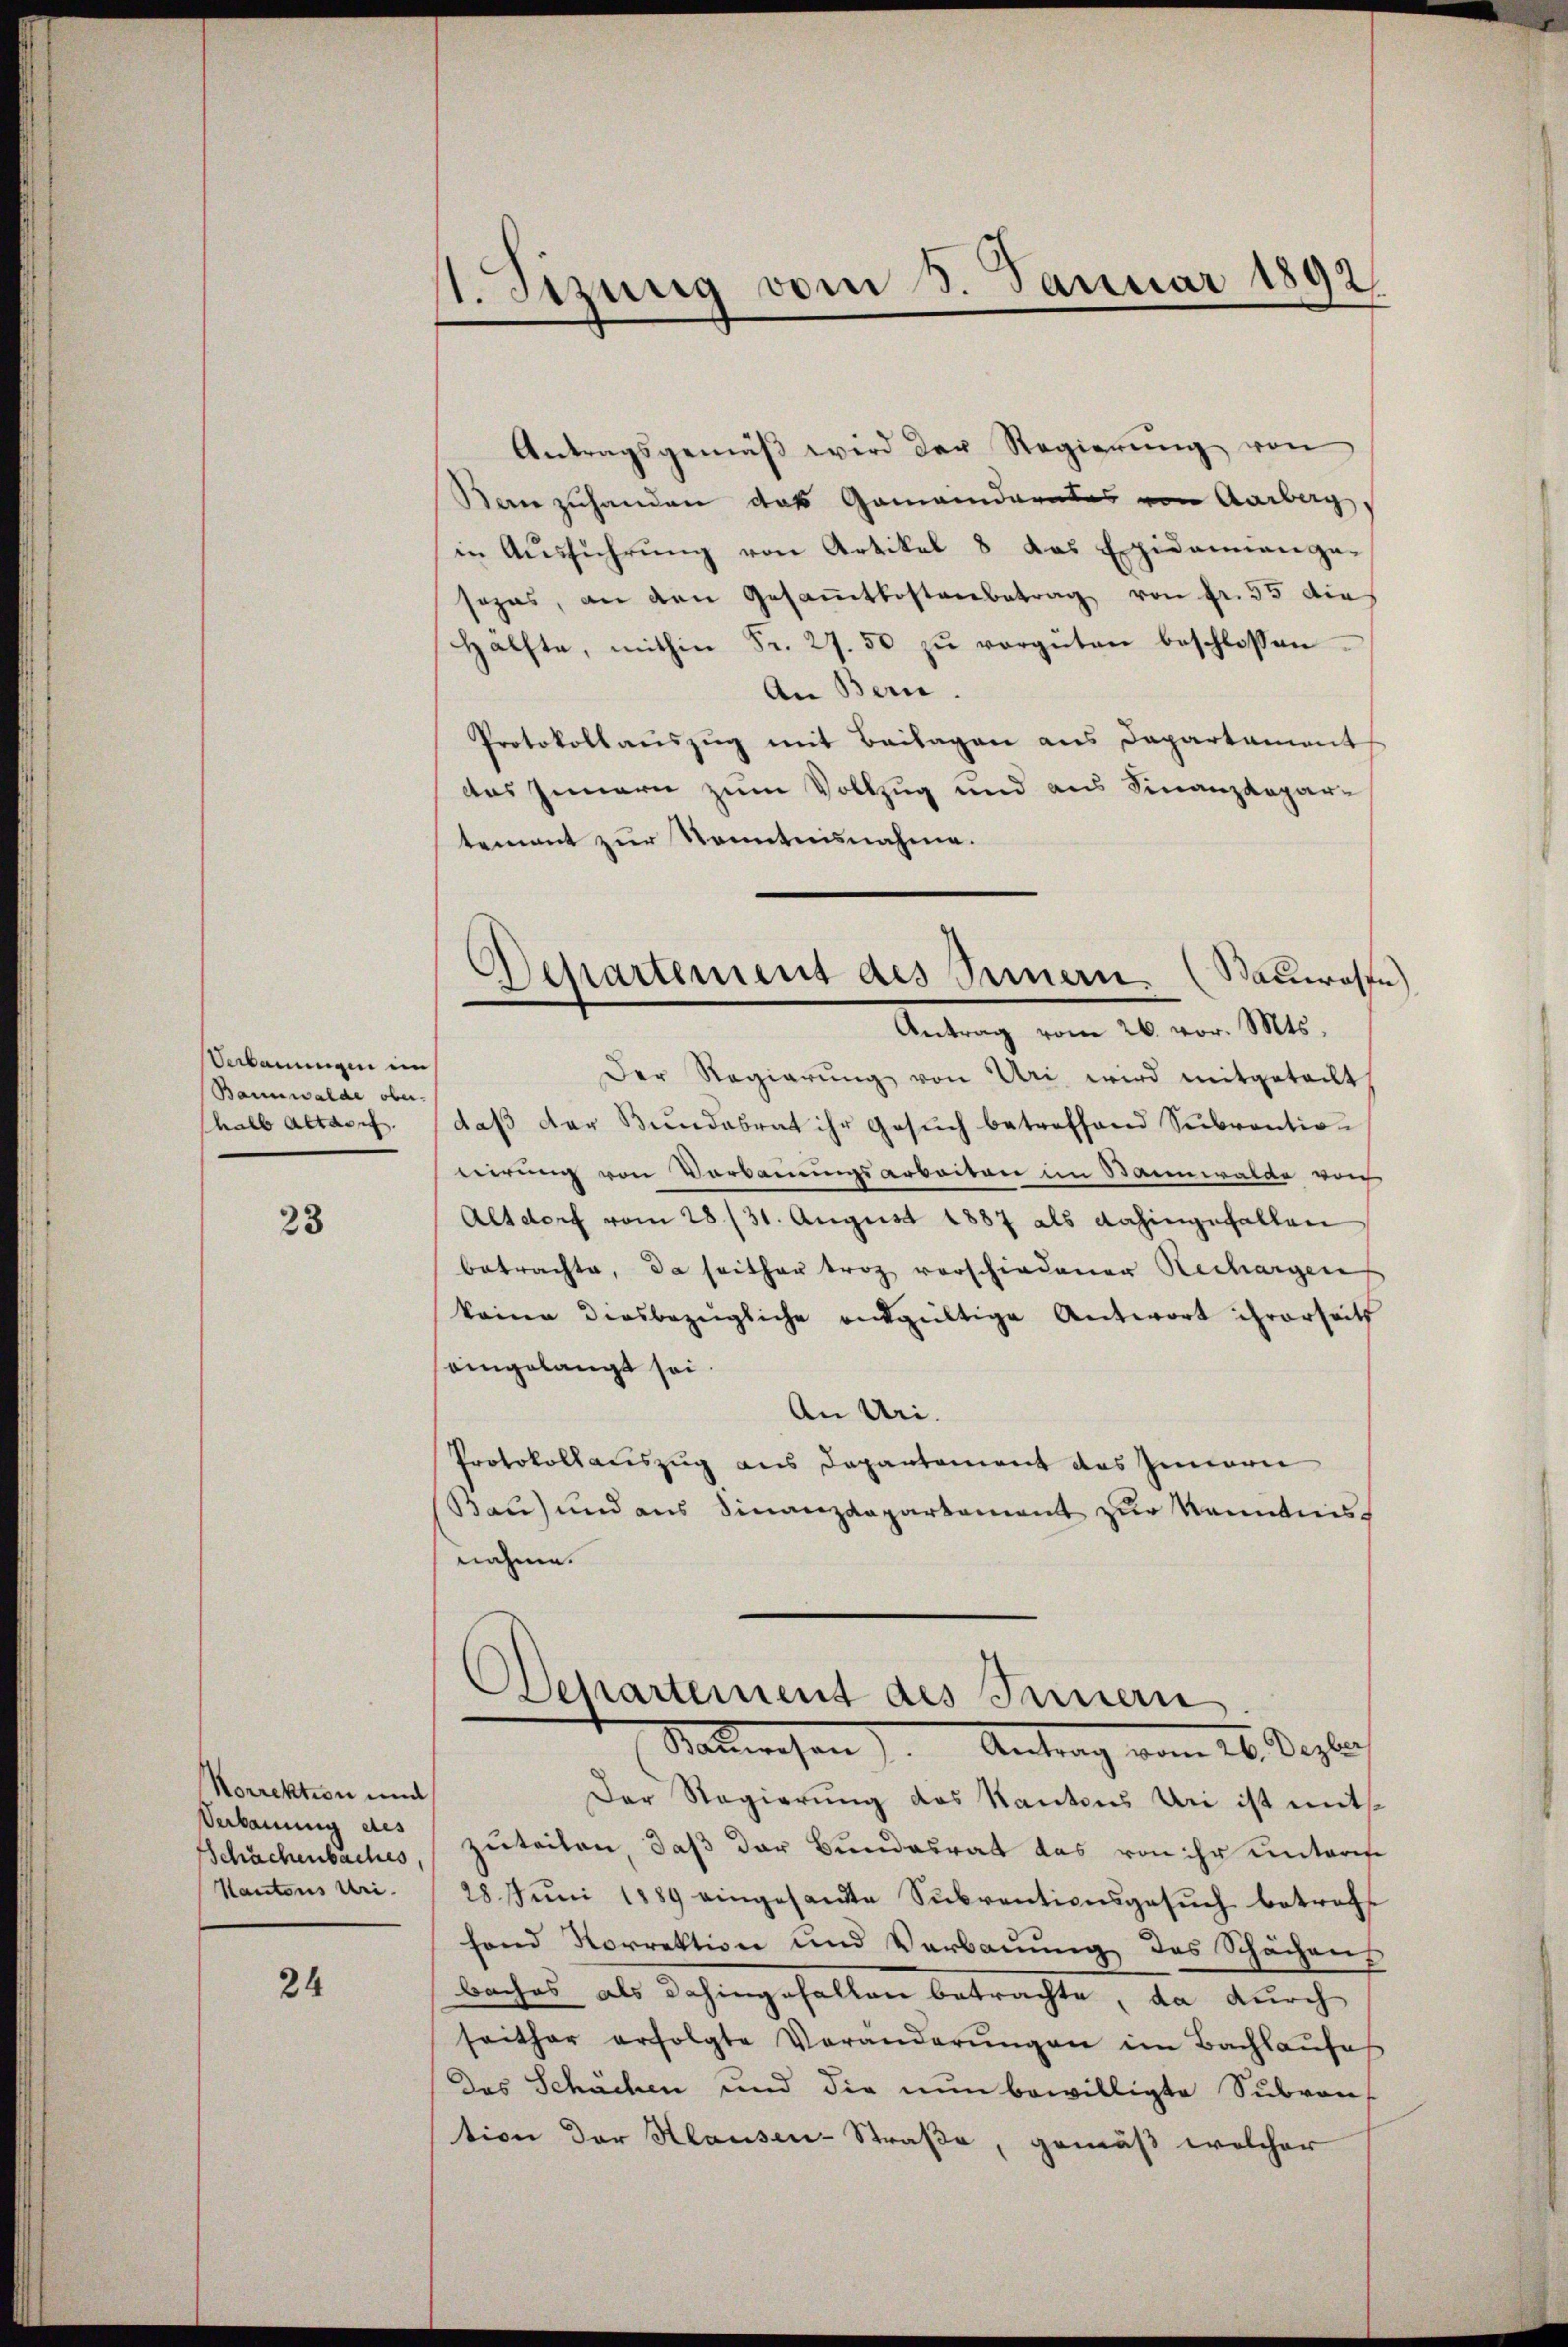
Verbauungen im
Bannwalde ober.
halb Altari

23

Norrektion und
Verbauung des
Schächenbaches
Kantons Uri.

24

1. Sizung vom 8. Januar 1892.

Antragsgemäβ wird der Regierŭng von
Bern zuhanden das Gamanderates von Aarberg,
in Aŭsführŭng von Artikel 8 das Epidemianga-
sozas, an den Gesammtkostenbetrag von Fr. 55 die
Hälfte, mithin Fr. 27.50 zŭ vergüten beschlossen
An Bern.
Protokollauszug mit Beilagen aus Departament
das Innern zum Vollzug und aus Finanzdepartement zur Kenntnisnahme.
Der Regierŭng von Uri wird mitgeteilt,
daβ der Bŭndesrat ihr Gesŭch betreffend Subvention
nirung von Vorbauungsarbeiten im Bannwalde von
Altdorf vom 28/31. August 1887 als dahingefallen
betrachte, da seither trag vorschiedenen Rechargen
keine diesbezügliche entgültige Antwort ihrerseits
eingelangt sei.
An Uri.
Protokollauszug aus Departement des Innern
Bau) und aus Finanzdepartement zur Kenntnis
nahme.
Departement des Innern
Sauwesen). Antrag vom 26. Dezbr
Der Regierung des Kantons Uri ist mit
zuteilen, daß der Bundesrat das von ihr unterese
28. Jŭni 1889 eingesandte Sŭbventionsgesŭch betreff
fond Korrektion und Verbaŭŭng des Schächens
baches als dahingefallen betrachte, da durch
seither erfolgte Veränderŭngen im Bachhaŭses
Das Schächen und die nun bewilligte Subven
tion der Klausen-Straße, gemäß welcher

Departement des Sinnern. (Sauwasse
Antrag vom 26. vor. Mts.